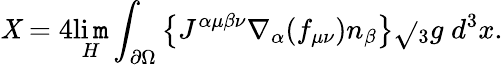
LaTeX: {\cal\mathit{X}}=4\operatorname*{li\mathtt{m}}_{H}\int_{\partial\Omega}\left\{ J^{\alpha\mu\beta\nu}\nabla_{\alpha}(f_{\mu\nu})n_{\beta}\right\} \sqrt{}{{{}_{3}g}}\; d^{3}x.